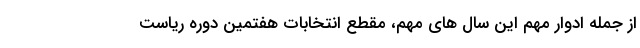
از جمله ادوار مهم این سال های مهم، مقطع انتخابات هفتمین دوره ریاست